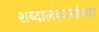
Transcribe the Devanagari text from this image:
शब्दालंकारांच्या